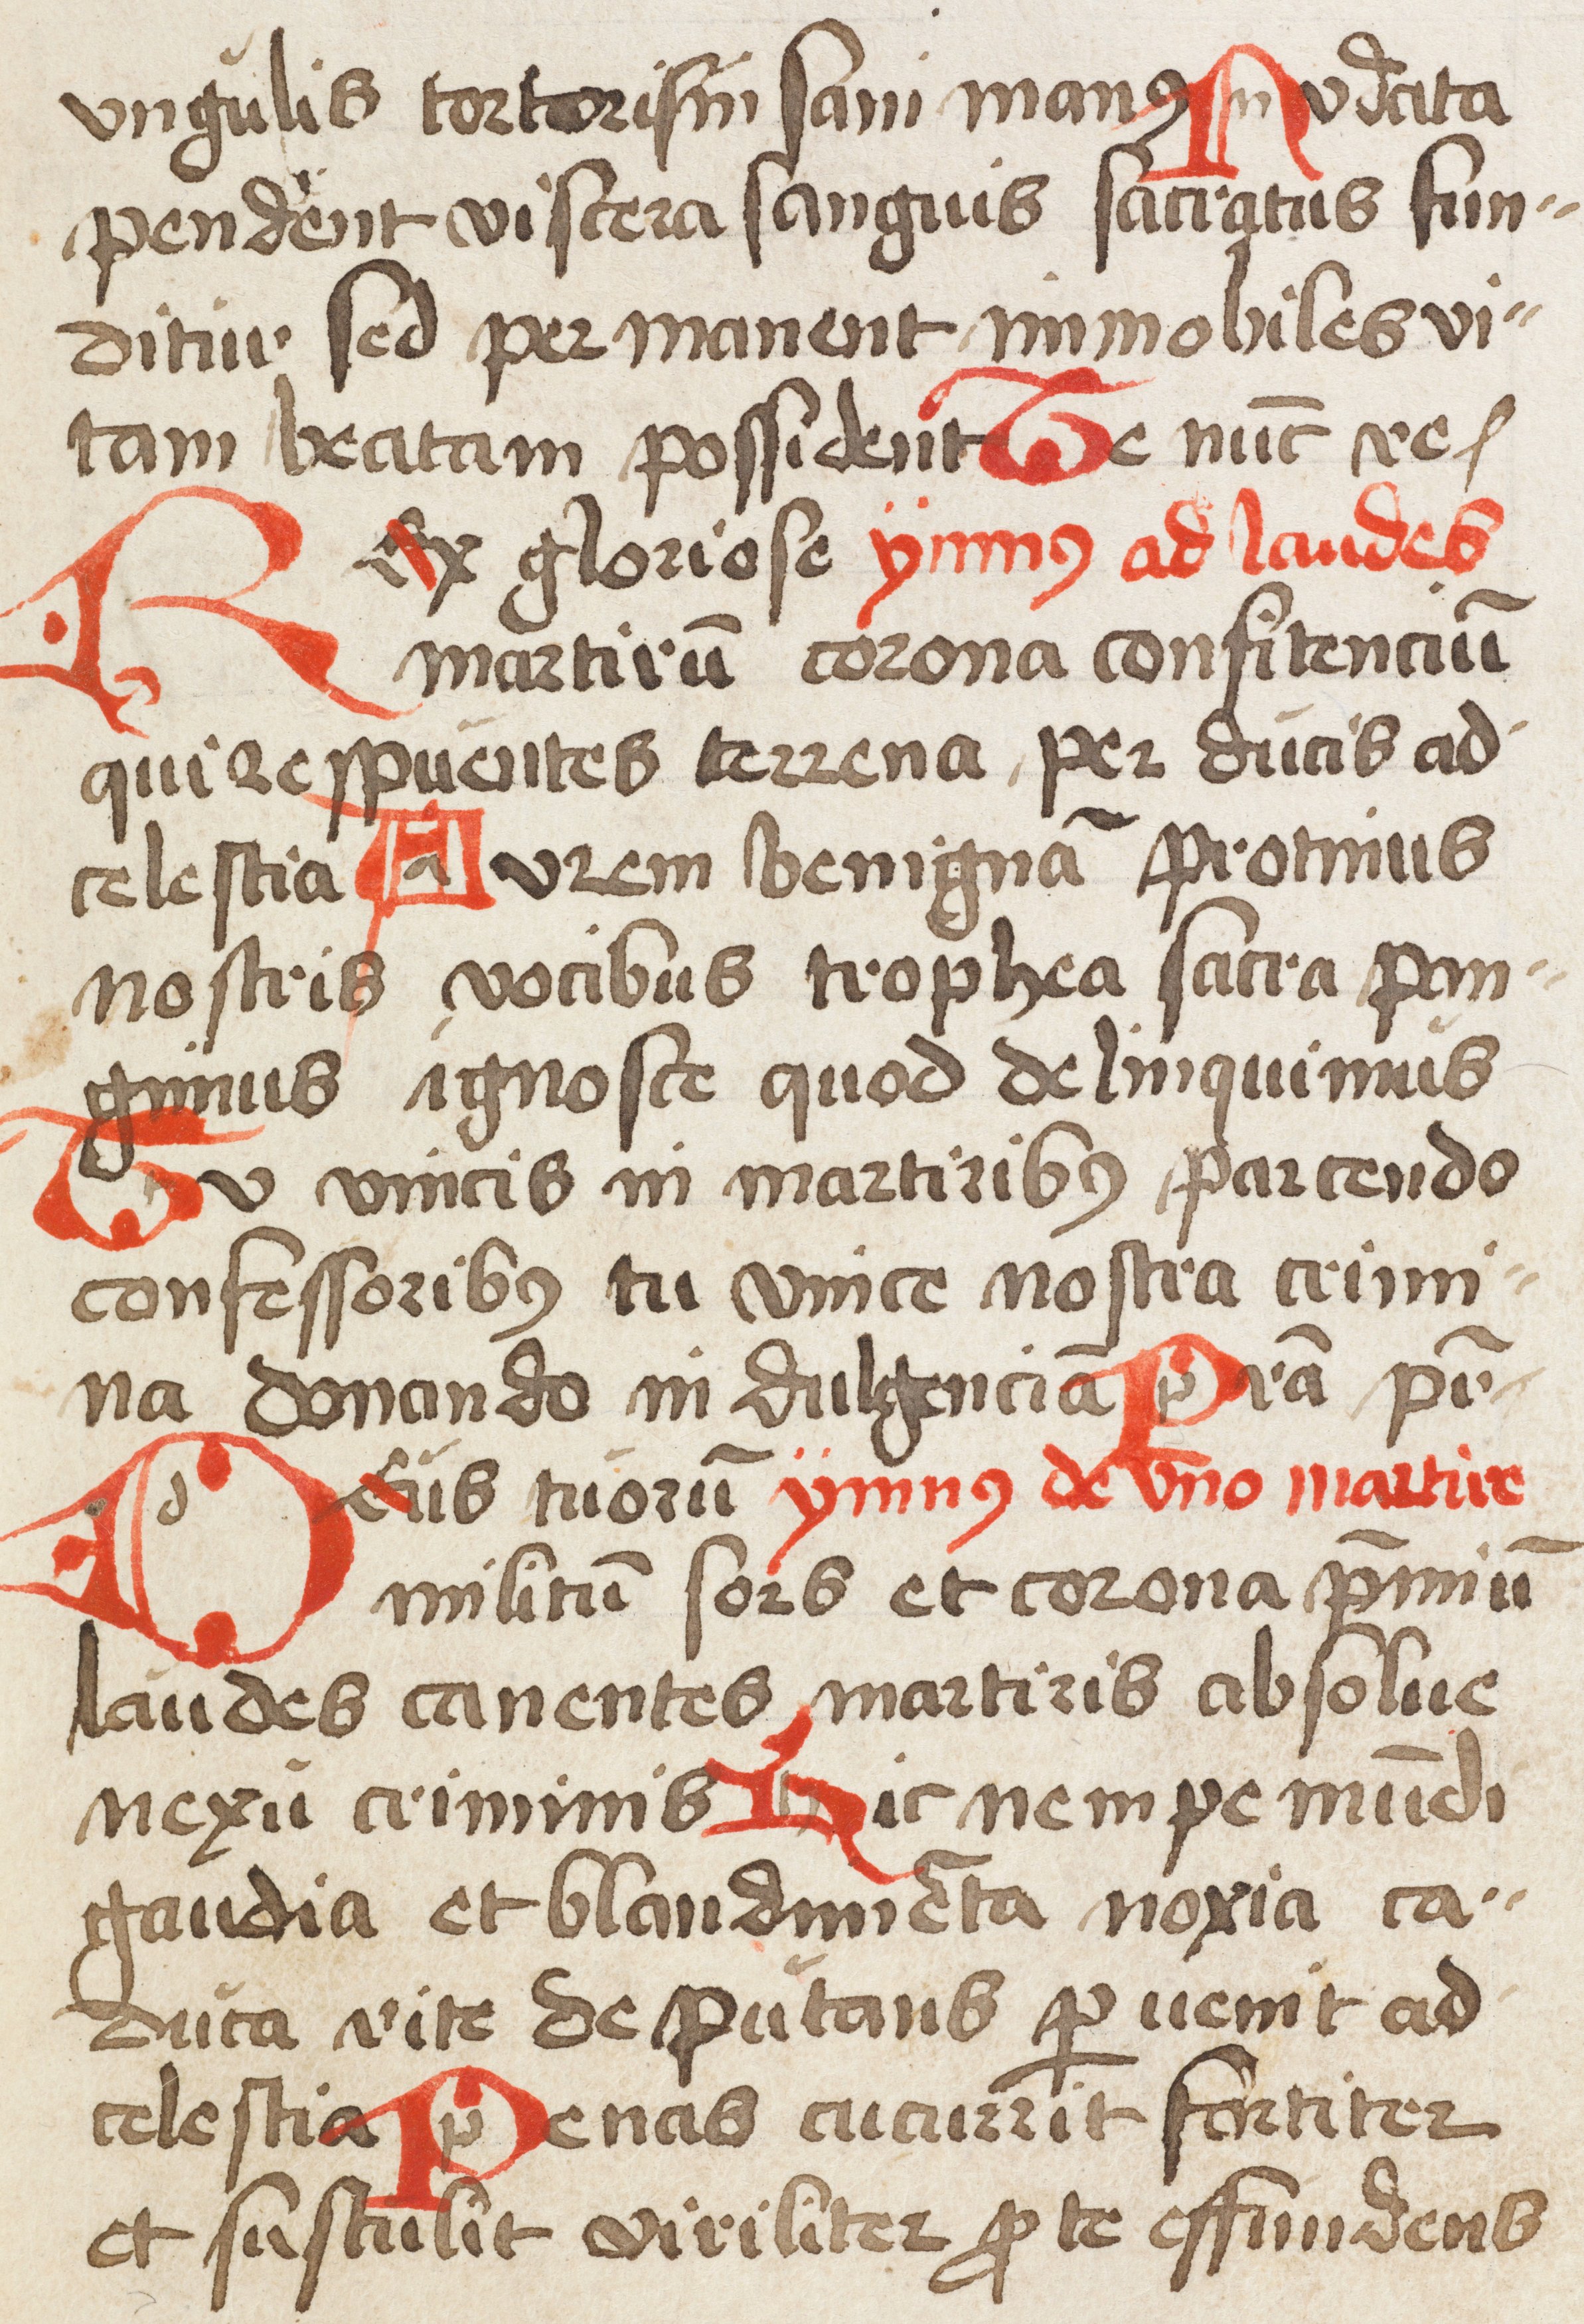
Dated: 1500–1524